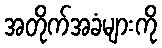
အတိုက်အခံများကို